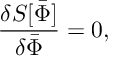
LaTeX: { \frac { \delta S [ \bar { \mit \Phi } ] } { \delta \bar { \mit \Phi } } } = 0 ,